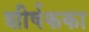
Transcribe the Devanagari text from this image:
शीर्षकका